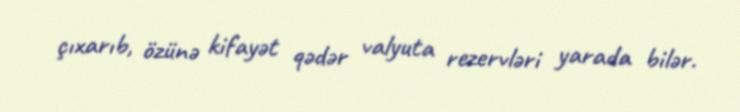
çıxarıb, özünə kifayət qədər valyuta rezervləri yarada bilər.